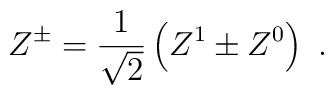
Z^\pm = \frac{1}{\sqrt{2}}\left(Z^1\pm Z^0\right) \ .